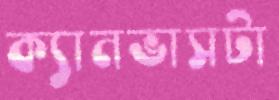
ক্যানভাসটা